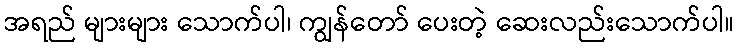
အရည် များများ သောက်ပါ၊ ကျွန်တော် ပေးတဲ့ ဆေးလည်းသောက်ပါ။